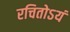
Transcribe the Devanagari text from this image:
रचितोऽयं